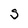
Character: S